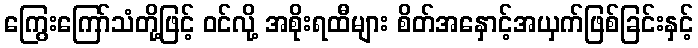
ကြွေးကြော်သံတို့ဖြင့် ဝင်လို့ အစိုးရထီများ စိတ်အနှောင့်အယှက်ဖြစ်ခြင်းနှင့်